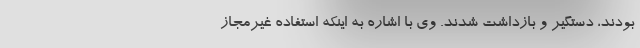
بودند، دستگیر و بازداشت شدند. وی با اشاره به اینکه استفاده غیرمجاز